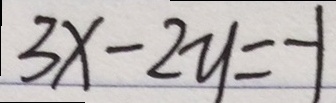
3 x - 2 y = - 1